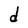
Character: d